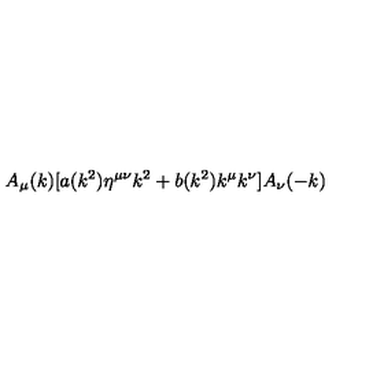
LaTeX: A _ { \mu } ( k ) [ a ( k ^ { 2 } ) \eta ^ { \mu \nu } k ^ { 2 } + b ( k ^ { 2 } ) k ^ { \mu } k ^ { \nu } ] A _ { \nu } ( - k )